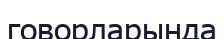
говорларында